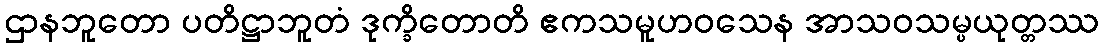
ဌာနဘူတော ပတိဋ္ဌာဘူတံ ဒုက္ခိတောတိ ဧကသမူဟဝသေန အာသဝသမ္ပယုတ္တဿ